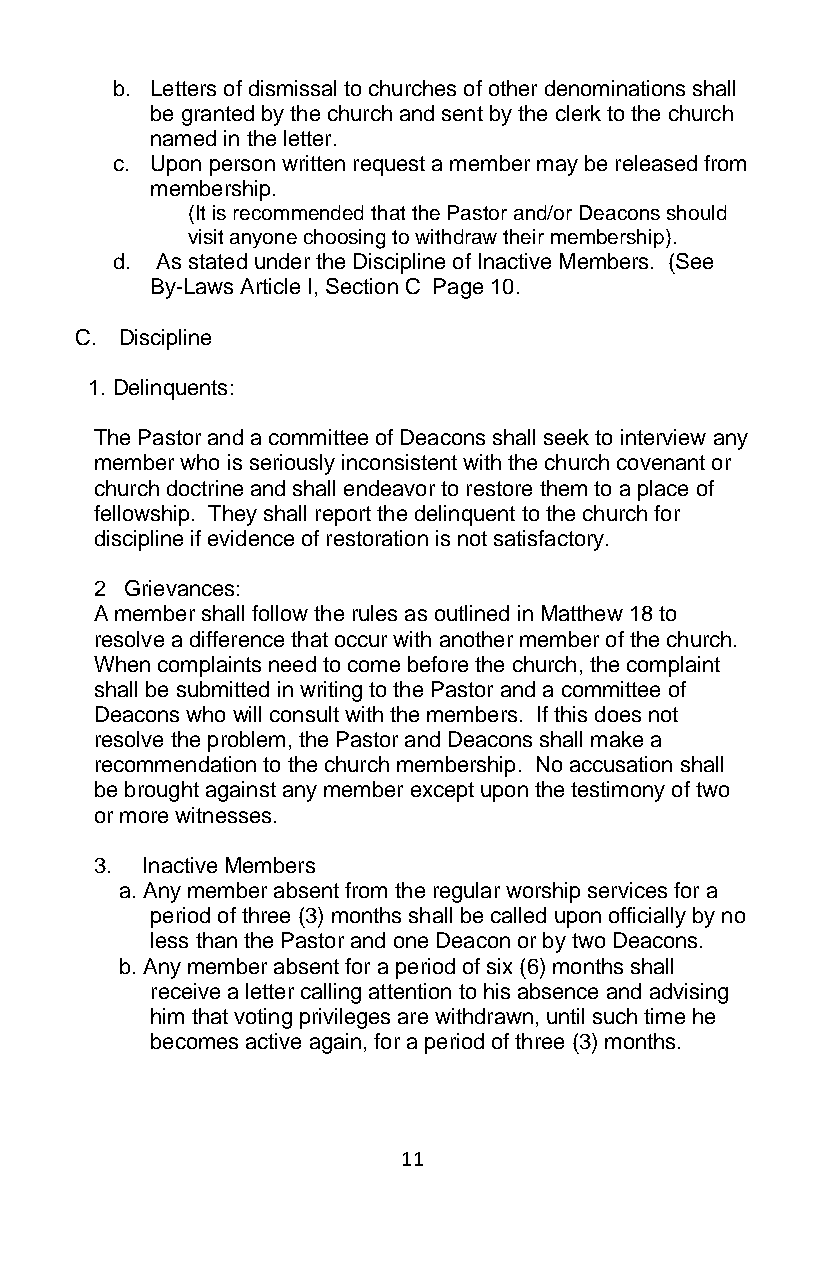
b. Letters of dismissal to churches of other denominations shall
 be granted by the church and sent by the clerk to the church
 named in the letter.
 c. Upon person written request a member may be released from
 membership.
 (It is recommended that the Pastor and/or Deacons should
 visit anyone choosing to withdraw their membership).
 d. As stated under the Discipline of Inactive Members. (See
 By-Laws Article I, Section C Page 10.
 C. Discipline
 1. Delinquents:
 The Pastor and a committee of Deacons shall seek to interview any
 member who is seriously inconsistent with the church covenant or
 church doctrine and shall endeavor to restore them to a place of
 fellowship. They shall report the delinquent to the church for
 discipline if evidence of restoration is not satisfactory.
 2 Grievances:
 A member shall follow the rules as outlined in Matthew 18 to
 resolve a difference that occur with another member of the church.
 When complaints need to come before the church, the complaint
 shall be submitted in writing to the Pastor and a committee of
 Deacons who will consult with the members. If this does not
 resolve the problem, the Pastor and Deacons shall make a
 recommendation to the church membership. No accusation shall
 be brought against any member except upon the testimony of two
 or more witnesses.
 3. Inactive Members
 a. Any member absent from the regular worship services for a
 period of three (3) months shall be called upon officially by no
 less than the Pastor and one Deacon or by two Deacons.
 b. Any member absent for a period of six (6) months shall
 receive a letter calling attention to his absence and advising
 him that voting privileges are withdrawn, until such time he
 becomes active again, for a period of three (3) months.
 11